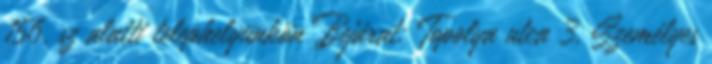
156. sz alatti telephelyünkön Bejárat: Topolya utca 3. Személyes